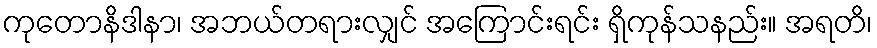
ကုတောနိဒါနာ၊ အဘယ်တရားလျှင် အကြောင်းရင်း ရှိကုန်သနည်း။ အရတိ၊